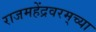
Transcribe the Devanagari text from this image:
राजमहेंद्रवरम्‌च्या